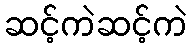
ဆင့်ကဲဆင့်ကဲ